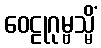
ဝေဠုဂုမ္ဗသ္မိံ